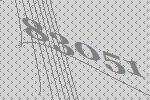
83051